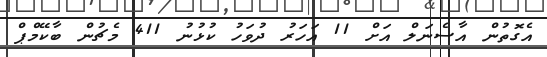
އެގޮތުން އާސެނަލް އަށް 11 އަހަރު ދުވަހު ކުޅުނު 411 މެޗުން ބާކޭމްޕް